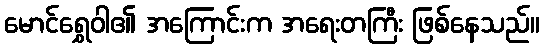
မောင်ရွှေဝါ၏ အကြောင်းက အရေးတကြီး ဖြစ်နေသည်။